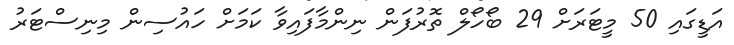
އަޑީގައި 50 މީޓަރަށް 29 ބޯހޯލް ތޮރުފަން ނިންމާފައިވާ ކަމަށް ހައުސިން މިނިސްޓަރު